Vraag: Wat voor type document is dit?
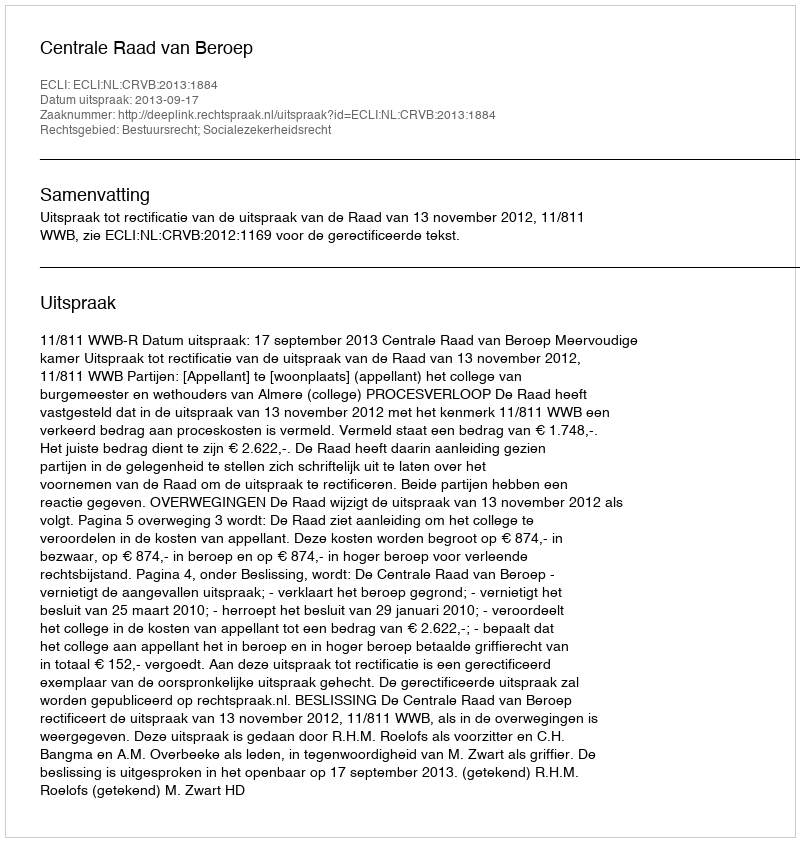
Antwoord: Uitspraak